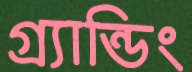
গ্র্যান্ডিং